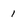
Character: 1